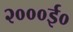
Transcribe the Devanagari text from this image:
२०००ई०